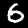
Digit: 6